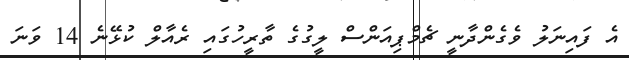
އެ ފައިނަލު ވެގެންދާނީ ޗެމްޕިއަންސް ލީގުގެ ތާރީހުގައި ރެއާލް ކުޅޭނެ 14 ވަނަ